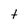
Character: t